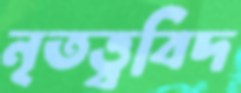
নৃতত্ত্ববিদ